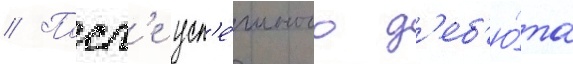
// Посл'е усп'е́шного д'еб'ю́та